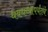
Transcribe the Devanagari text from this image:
धबधब्यापर्यंतचे